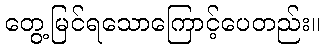
တွေ့မြင်ရသောကြောင့်ပေတည်း။